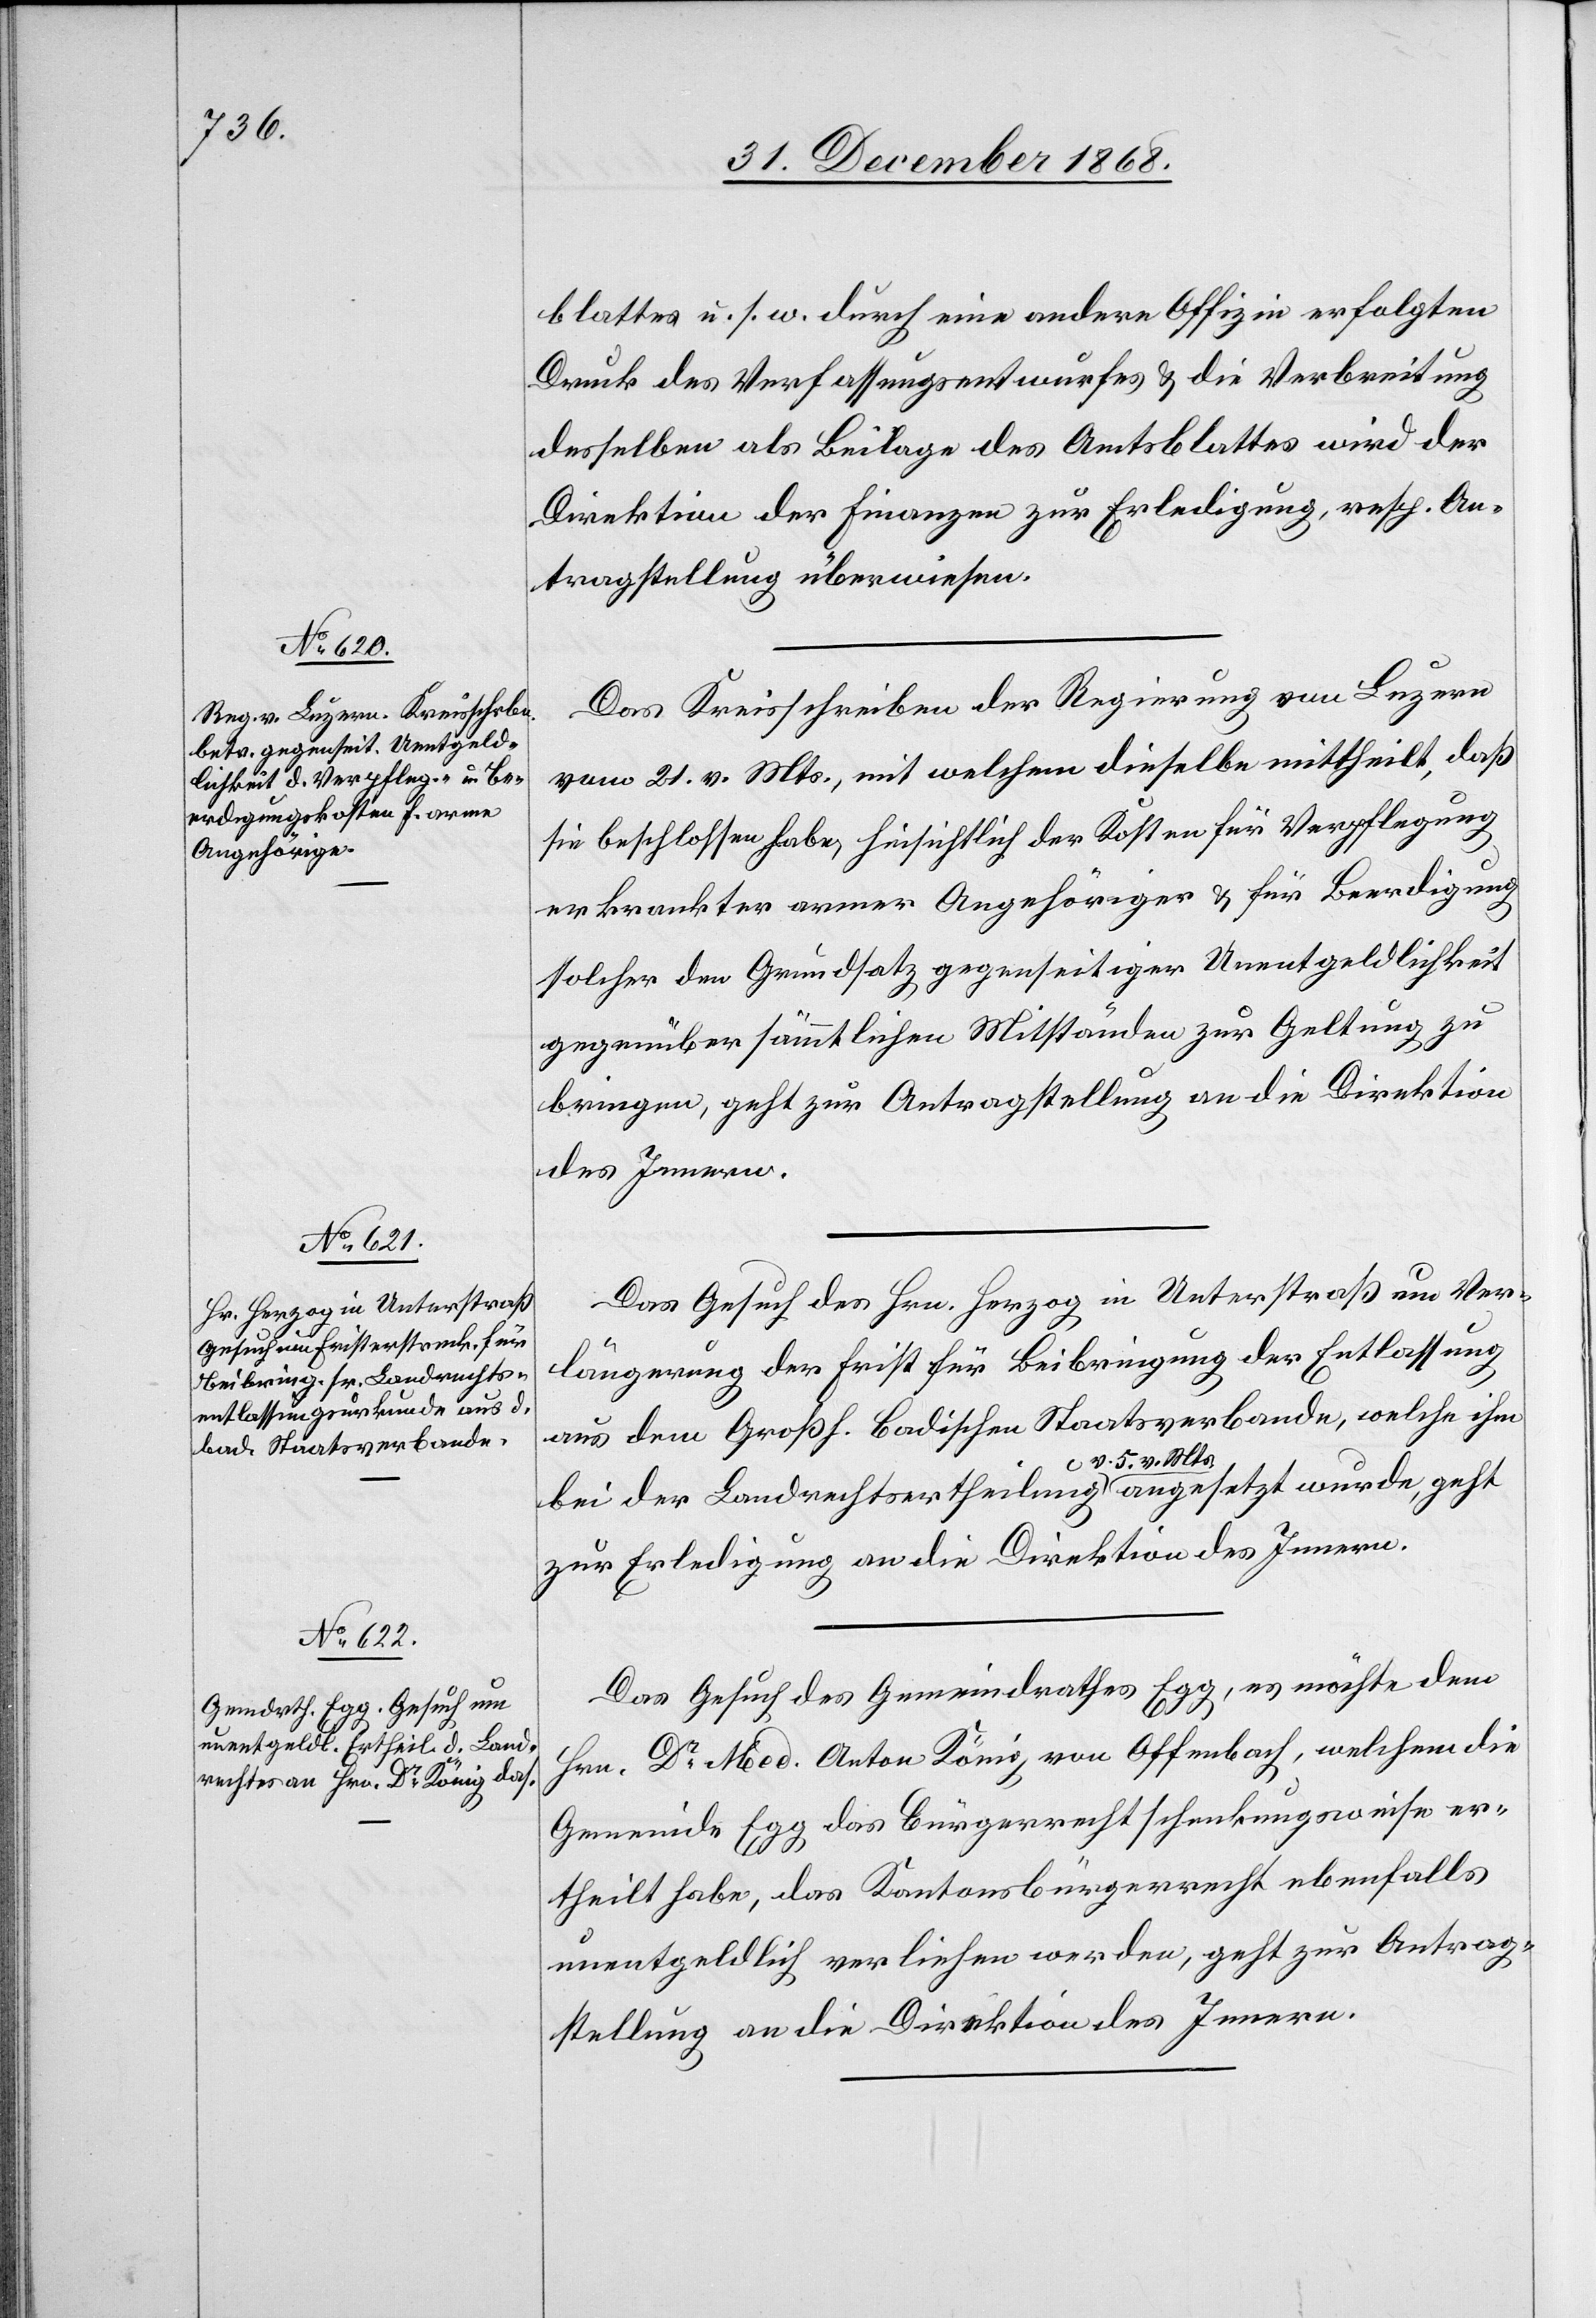
blattes u. s. w. durch eine andere Offizin erfolgten
Druck des Verfassungsentwurfes & die Verbreitung
desselben als Beilage des Amtsblattes wird der
Direktion der Finanzen zur Erledigung, resp. An¬
tragstellung überwiesen.
Das Kreisschreiben der Regierung von Luzern
vom 21. v. Mts., mit welchem dieselbe mittheilt, daß
sie beschlossen habe, hinsichtlich der Kosten für Verpflegung
erkrankter armer Angehöriger & für Beerdigung
solcher den Grundsatz gegenseitiger Unentgeldlichkeit
gegenüber sämmtlichen Mitständen zur Geltung zu
bringen, geht zur Antragstellung an die Direktion
des Innern.
Das Gesuch des Hrn. Herzog in Unterstraß um Ver¬
längerung der Frist für Beibringung der Entlassung
aus dem Großh. Badischen Staatsverbande, welche ihm
8.
bei der Landrechtsertheilung v. 5. v. Mts. angesetzt wurde, geht
zur Erledigung an die Direktion des Innern.
Das Gesuch des Gemeindrathes Egg, es möchte dem
Hrn. Dr Med. Anton König von Offenbach, welchem die
Gemeinde Egg das Bürgerrecht schenkungsweise er¬
theilt habe, das Kantonsbürgerrecht ebenfalls
unentgeldlich verliehen werden, geht zur Antrag¬
stellung an die Direktion des Innern.